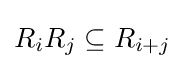
R_{i}R_{j}\subseteq R_{i+j}